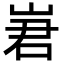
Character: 㟒